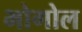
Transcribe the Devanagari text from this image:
भोगोल